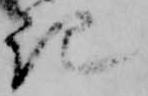
記